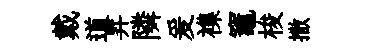
戴道昇隣爰襍竈梭撒